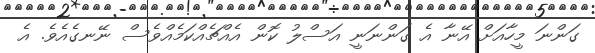
ގަންނަ މީހާއަށް އޭނާ އެ ގަންނަނީ އަސްލު ކޮން އެއްޗެއްކަމެއްވެސް ނޭނގެއެވެ. އެ